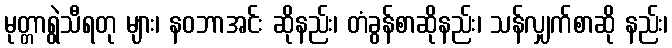
မုတ္တာရွဲသီရတု များ၊ နဝဘာအင်း ဆိုနည်း၊ တံခွန်စာဆိုနည်း၊ သန်လျှက်စာဆို နည်း၊